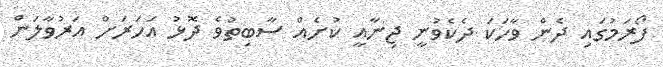
ފޯރަމުގައި ދެން ވާހަކަ ދެކެވުނީ ޖިނާއީ ކުށެއް ސާބިތުވެ ދޮޅު އަހަރަށް އަރުވާލަން